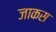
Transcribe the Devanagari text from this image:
जाकस